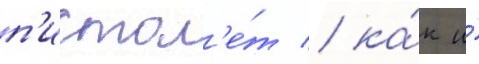
п'истол'е́т / ка́к и́